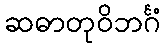
ဆဓာတုဝိဘင်္ဂံ